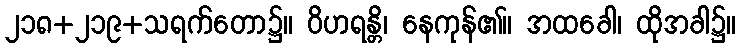
၂၁၈+၂၁၉+သရက်တော၌။ ဝိဟရန္တိ၊ နေကုန်၏။ အထခေါ၊ ထိုအခါ၌။